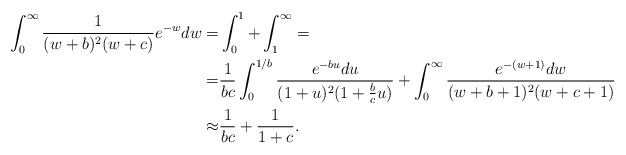
\begin{align*} \int_0^\infty \frac{1}{(w+b)^2(w+c)}e^{-w}dw=&\int_0^1+\int_1^\infty=\\=&\frac{1}{bc}\int_0^{1/b}\frac{e^{-bu}du}{(1+u)^2(1+\frac{b}{c}u)}+\int_0^\infty\frac{e^{-(w+1)}dw}{(w+b+1)^2(w+c+1)}\\\approx&\frac1{bc}+\frac1{1+c}.\end{align*}